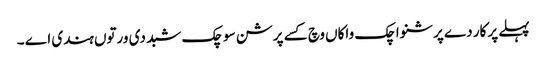
پہلے پرکار دے پرشنواچک واکاں وچ کسے پرشن سوچک شبد دی ورتوں ہندی اے ۔